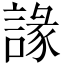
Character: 䛹